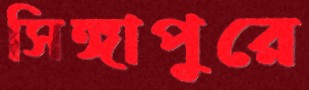
সিঙ্গাপুরে